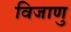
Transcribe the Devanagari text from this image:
विजाणु